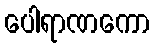
ပေါရာဏကော